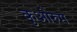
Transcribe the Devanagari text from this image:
कुओरुम